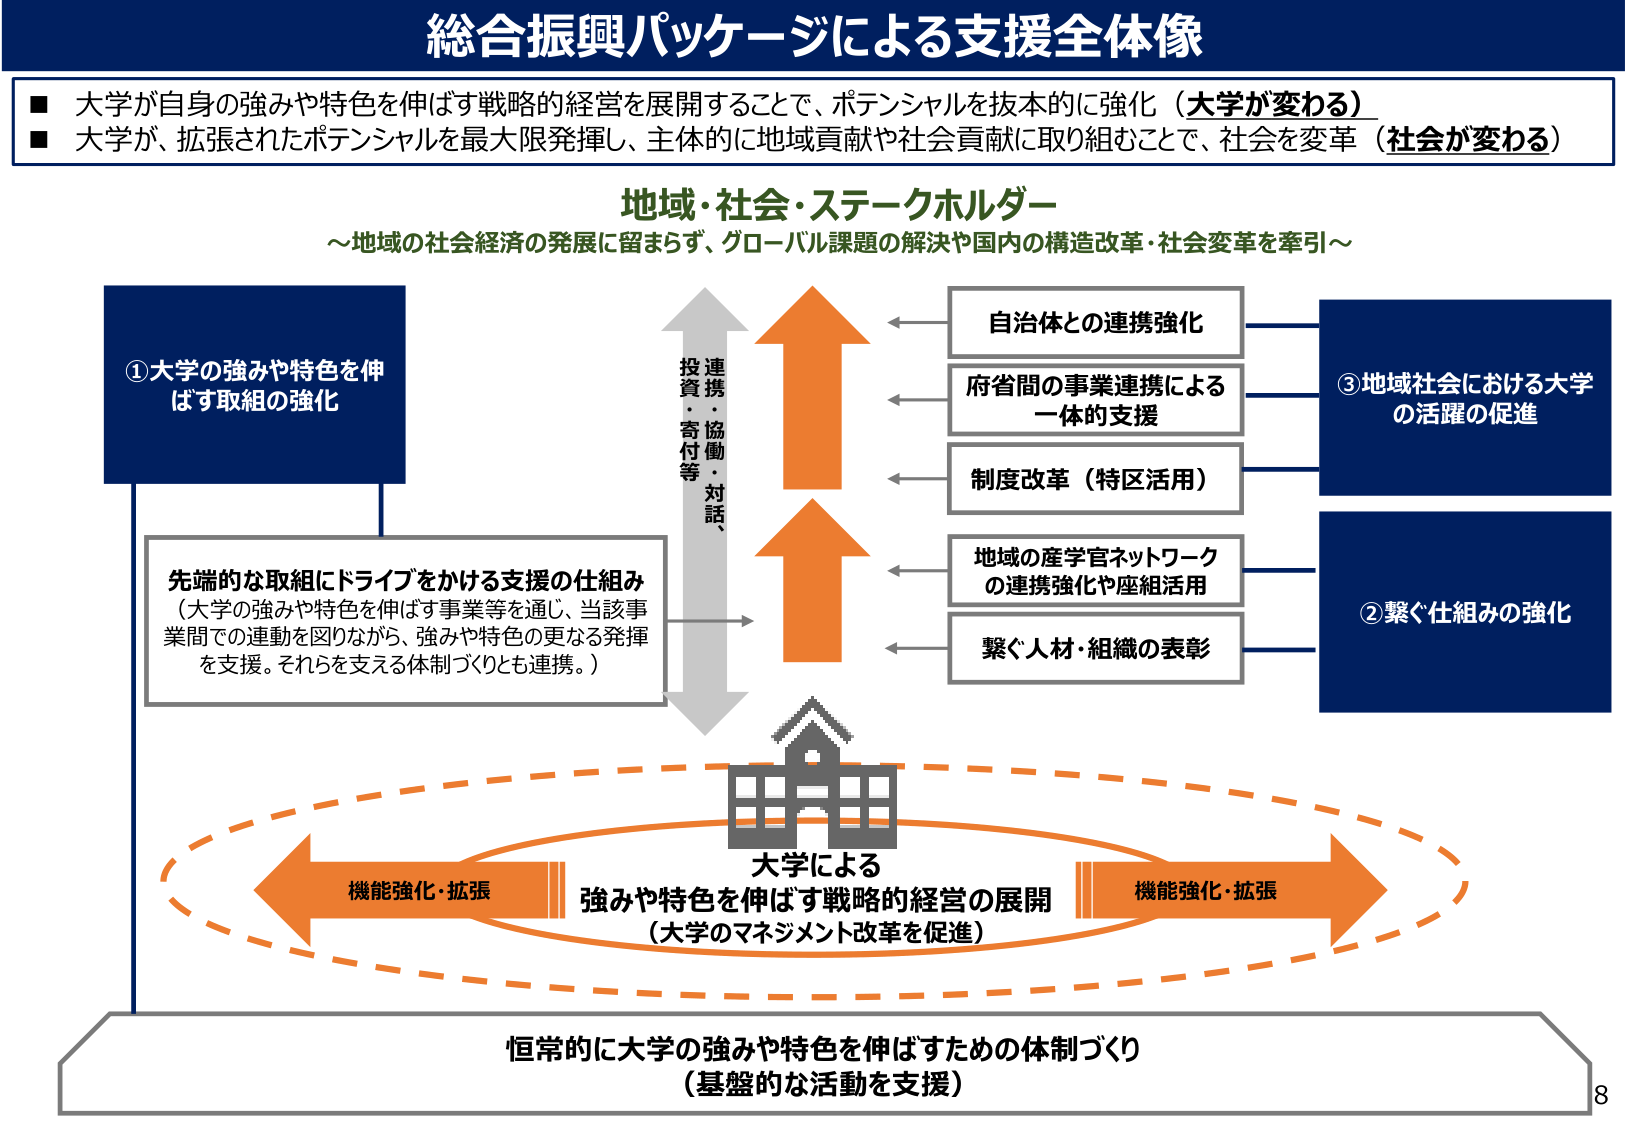
総合振興パッケージによる支援全体像

■ 大学が自身の強みや特色を伸ばす戦略的経営を展開することで、ポテンシャルを抜本的に強化（大学が変わる）
■ 大学が、拡張されたポテンシャルを最大限発揮し、主体的に地域貢献や社会貢献に取り組むことで、社会を変革（社会が変わる）

地域・社会・ステークホルダー
～地域の社会経済の発展に留まらず、グローバル課題の解決や国内の構造改革・社会変革を牽引～

①大学の強みや特色を伸ばす取組の強化

先端的な取組にドライブをかける支援の仕組み
（大学の強みや特色を伸ばす事業等を通じ、当該事業間での連動を図りながら、強みや特色の更なる発揮を支援。それらを支える体制づくりとも連携。）

投資・寄付等
連携・協働・対話

自治体との連携強化
府省間の事業連携による一体的支援
制度改革（特区活用）
地域の産学官ネットワークの連携強化や座組活用
繋ぐ人材・組織の表彰

③地域社会における大学の活躍の促進

②繋ぐ仕組みの強化

大学による
強みや特色を伸ばす戦略的経営の展開
（大学のマネジメント改革を促進）

機能強化・拡張
機能強化・拡張

恒常的に大学の強みや特色を伸ばすための体制づくり
（基盤的な活動を支援）

8